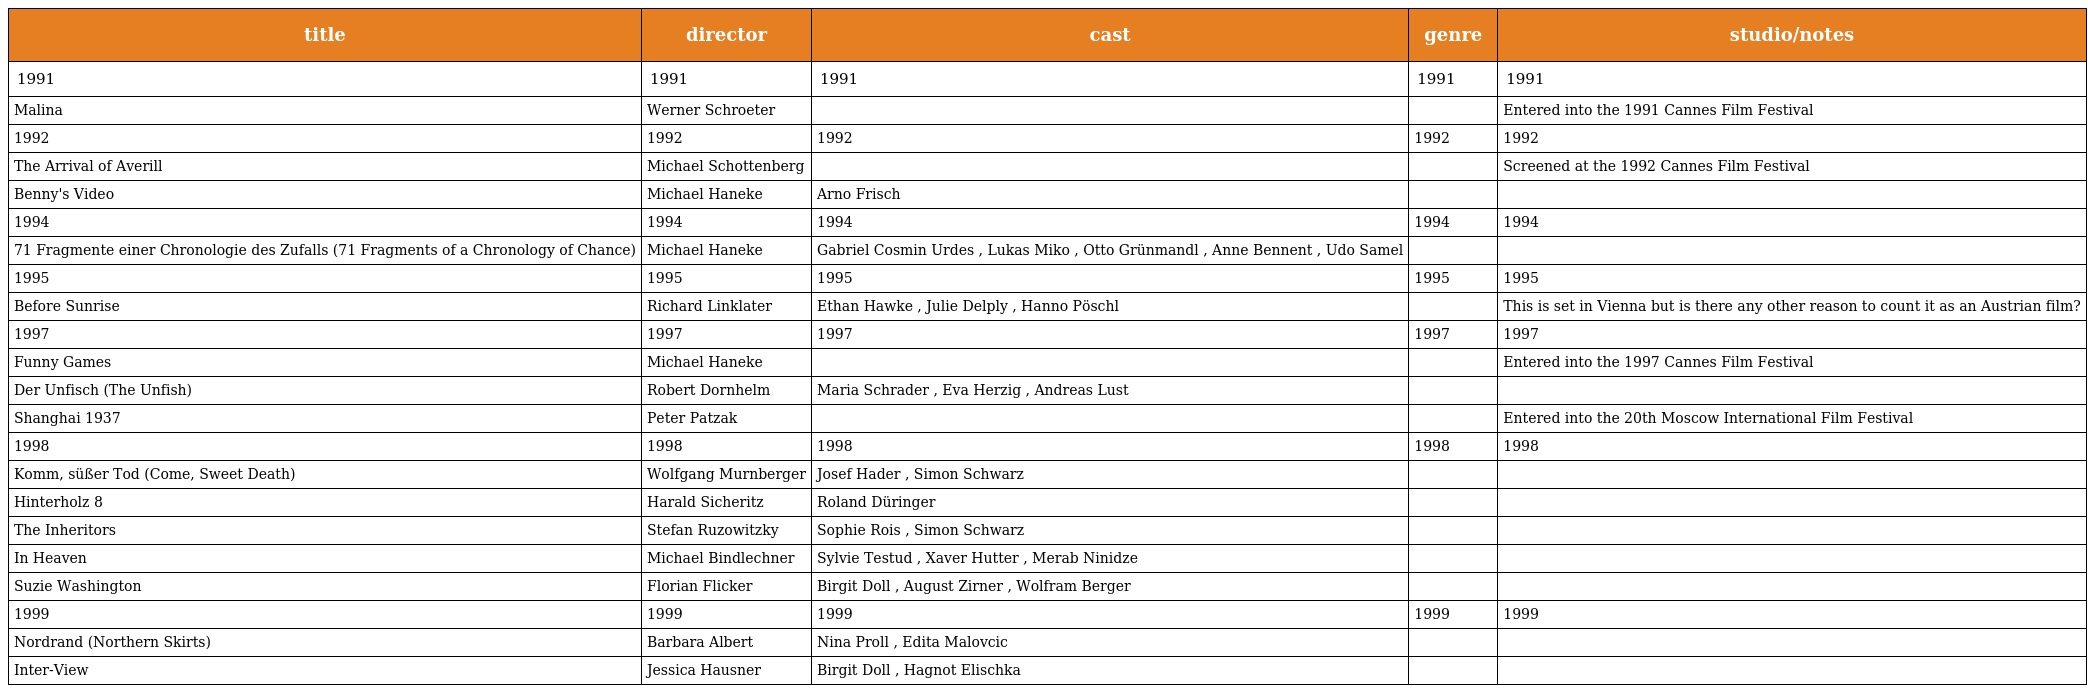
| title | director | cast | genre | studio/notes |
 | --- | --- | --- | --- | --- |
 | 1991 | 1991 | 1991 | 1991 | 1991 |
 | Malina | Werner Schroeter |  |  | Entered into the 1991 Cannes Film Festival |
 | 1992 | 1992 | 1992 | 1992 | 1992 |
 | The Arrival of Averill | Michael Schottenberg |  |  | Screened at the 1992 Cannes Film Festival |
 | Benny's Video | Michael Haneke | Arno Frisch |  |  |
 | 1994 | 1994 | 1994 | 1994 | 1994 |
 | 71 Fragmente einer Chronologie des Zufalls (71 Fragments of a Chronology of Chance) | Michael Haneke | Gabriel Cosmin Urdes , Lukas Miko , Otto Grünmandl , Anne Bennent , Udo Samel |  |  |
 | 1995 | 1995 | 1995 | 1995 | 1995 |
 | Before Sunrise | Richard Linklater | Ethan Hawke , Julie Delply , Hanno Pöschl |  | This is set in Vienna but is there any other reason to count it as an Austrian film? |
 | 1997 | 1997 | 1997 | 1997 | 1997 |
 | Funny Games | Michael Haneke |  |  | Entered into the 1997 Cannes Film Festival |
 | Der Unfisch (The Unfish) | Robert Dornhelm | Maria Schrader , Eva Herzig , Andreas Lust |  |  |
 | Shanghai 1937 | Peter Patzak |  |  | Entered into the 20th Moscow International Film Festival |
 | 1998 | 1998 | 1998 | 1998 | 1998 |
 | Komm, süßer Tod (Come, Sweet Death) | Wolfgang Murnberger | Josef Hader , Simon Schwarz |  |  |
 | Hinterholz 8 | Harald Sicheritz | Roland Düringer |  |  |
 | The Inheritors | Stefan Ruzowitzky | Sophie Rois , Simon Schwarz |  |  |
 | In Heaven | Michael Bindlechner | Sylvie Testud , Xaver Hutter , Merab Ninidze |  |  |
 | Suzie Washington | Florian Flicker | Birgit Doll , August Zirner , Wolfram Berger |  |  |
 | 1999 | 1999 | 1999 | 1999 | 1999 |
 | Nordrand (Northern Skirts) | Barbara Albert | Nina Proll , Edita Malovcic |  |  |
 | Inter-View | Jessica Hausner | Birgit Doll , Hagnot Elischka |  |  |